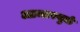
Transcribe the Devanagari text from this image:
आजारमुळे